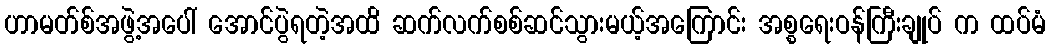
ဟာမတ်စ်အဖွဲ့အပေါ် အောင်ပွဲရတဲ့အထိ ဆက်လက်စစ်ဆင်သွားမယ့်အကြောင်း အစ္စရေးဝန်ကြီးချုပ် က ထပ်မံ